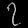
Digit: ၇